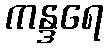
ကန္ဒရေ